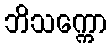
ဘိသက္ကော